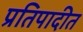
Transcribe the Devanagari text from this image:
प्रतिपादीत